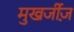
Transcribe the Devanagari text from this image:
मुखर्जीज़